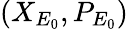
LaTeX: (X_{E_{0}},P_{E_{0}})